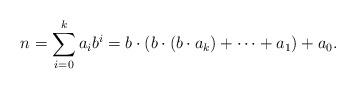
LaTeX: \begin{align*}n=\sum_{i=0}^ka_ib^i=b\cdot(b\cdot (b\cdot a_k)+\dots+a_1)+a_0.\end{align*}